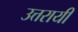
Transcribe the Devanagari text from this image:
उत्तरायी